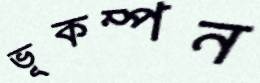
ভূকম্পন